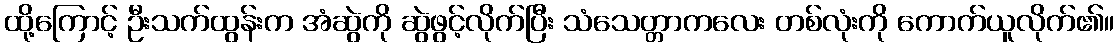
ထို့ကြောင့် ဦးသက်ထွန်းက အံဆွဲကို ဆွဲဖွင့်လိုက်ပြီး သံသေတ္တာကလေး တစ်လုံးကို ကောက်ယူလိုက်၏။